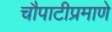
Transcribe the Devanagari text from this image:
चौपाटीप्रमाणे